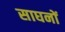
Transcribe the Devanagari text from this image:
साघनों